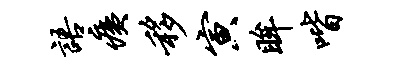
语痍移寅眸喈